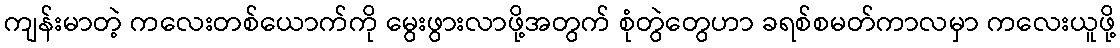
ကျန်းမာတဲ့ ကလေးတစ်ယောက်ကို မွေးဖွားလာဖို့အတွက် စုံတွဲတွေဟာ ခရစ်စမတ်ကာလမှာ ကလေးယူဖို့